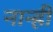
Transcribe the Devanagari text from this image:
नान्ही